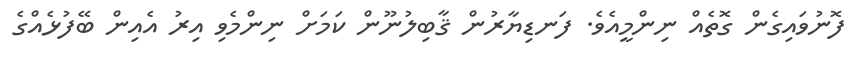
ފޮނުވައިގެން ގޮތެއް ނިންމީއެވެ. ފަނޑިޔާރުން ޤާބިލުނޫން ކަމަށް ނިންމެވި އިރު އެއިން ބޭފުޅެއްގެ